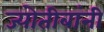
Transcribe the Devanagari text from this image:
ज्योतीबांनी